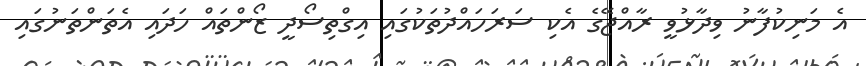
އެ މަނިކުފާނު ވިދާޅުވީ ރާއްޖޭގެ އެކި ސަރަހައްދުތަކުގައި އިގްތިސޯދީ ޒޯންތައް ހަދައި އެތަންތަނުގައި